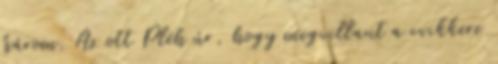
három. Az ott Pléh úr, hogy megvillant a cvikkere